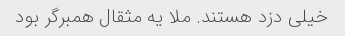
خیلی دزد هستند. ملا یه مثقال همبرگر بود